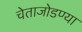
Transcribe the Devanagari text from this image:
चेताजोडण्या